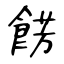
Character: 餝